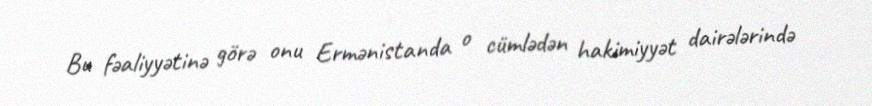
Bu fəaliyyətinə görə onu Ermənistanda o cümlədən hakimiyyət dairələrində